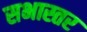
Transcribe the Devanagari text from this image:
सभास्तर